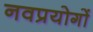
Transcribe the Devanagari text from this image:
नवप्रयोगों